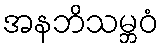
အနဘိသမ္ဘဝံ